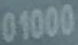
01000